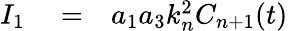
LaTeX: \begin{array}{rlr}{I_{1}}&{{}=}&{a_{1}a_{3}k_{n}^{2}C_{n+1}(t)}\end{array}